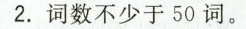
2.词数不少于50词。